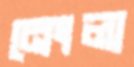
নেংলা